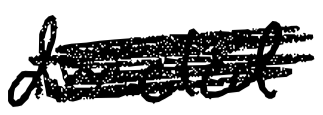
Text: directed
Cross-out: scratch
Writing tool: digital_black